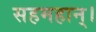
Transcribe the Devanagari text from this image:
सहमहान्।